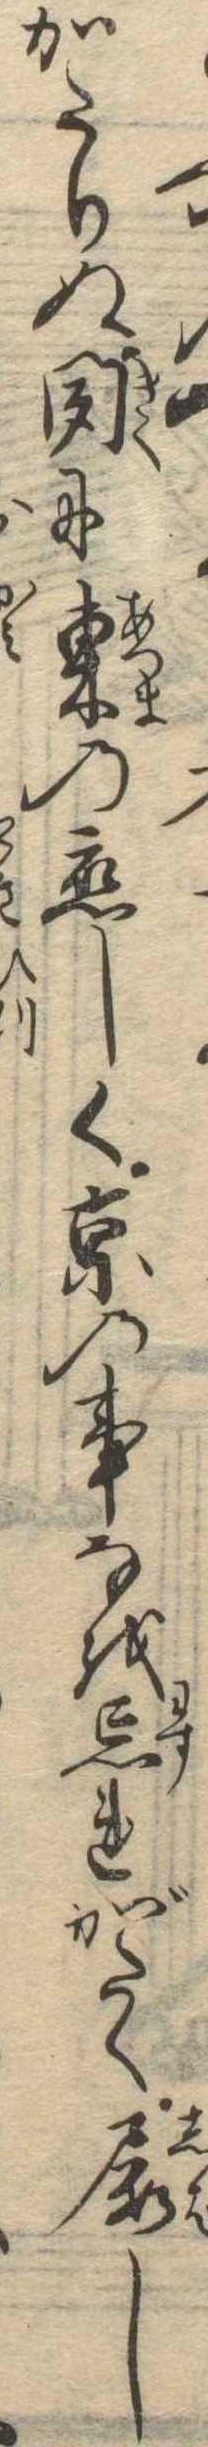
かたりぬ聞に東の恋しく京の事なを忘れがたく屡し